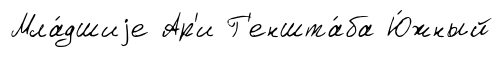
Мла́дшиjе Ар'и Г'еншта́ба Ю́жный